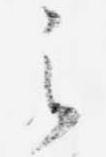
之